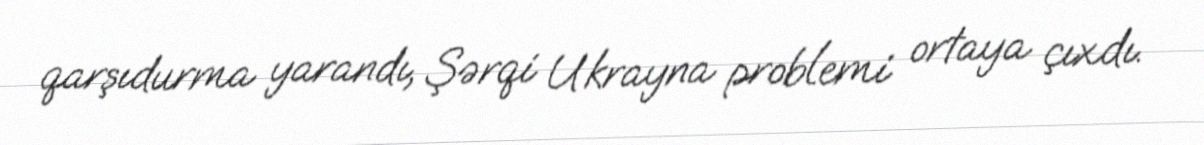
qarşıdurma yarandı, Şərqi Ukrayna problemi ortaya çıxdı.